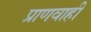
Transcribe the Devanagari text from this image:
प्राणवाही